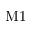
\mathrm { M 1 }